Emmaste_vallavalitsus, lk 18
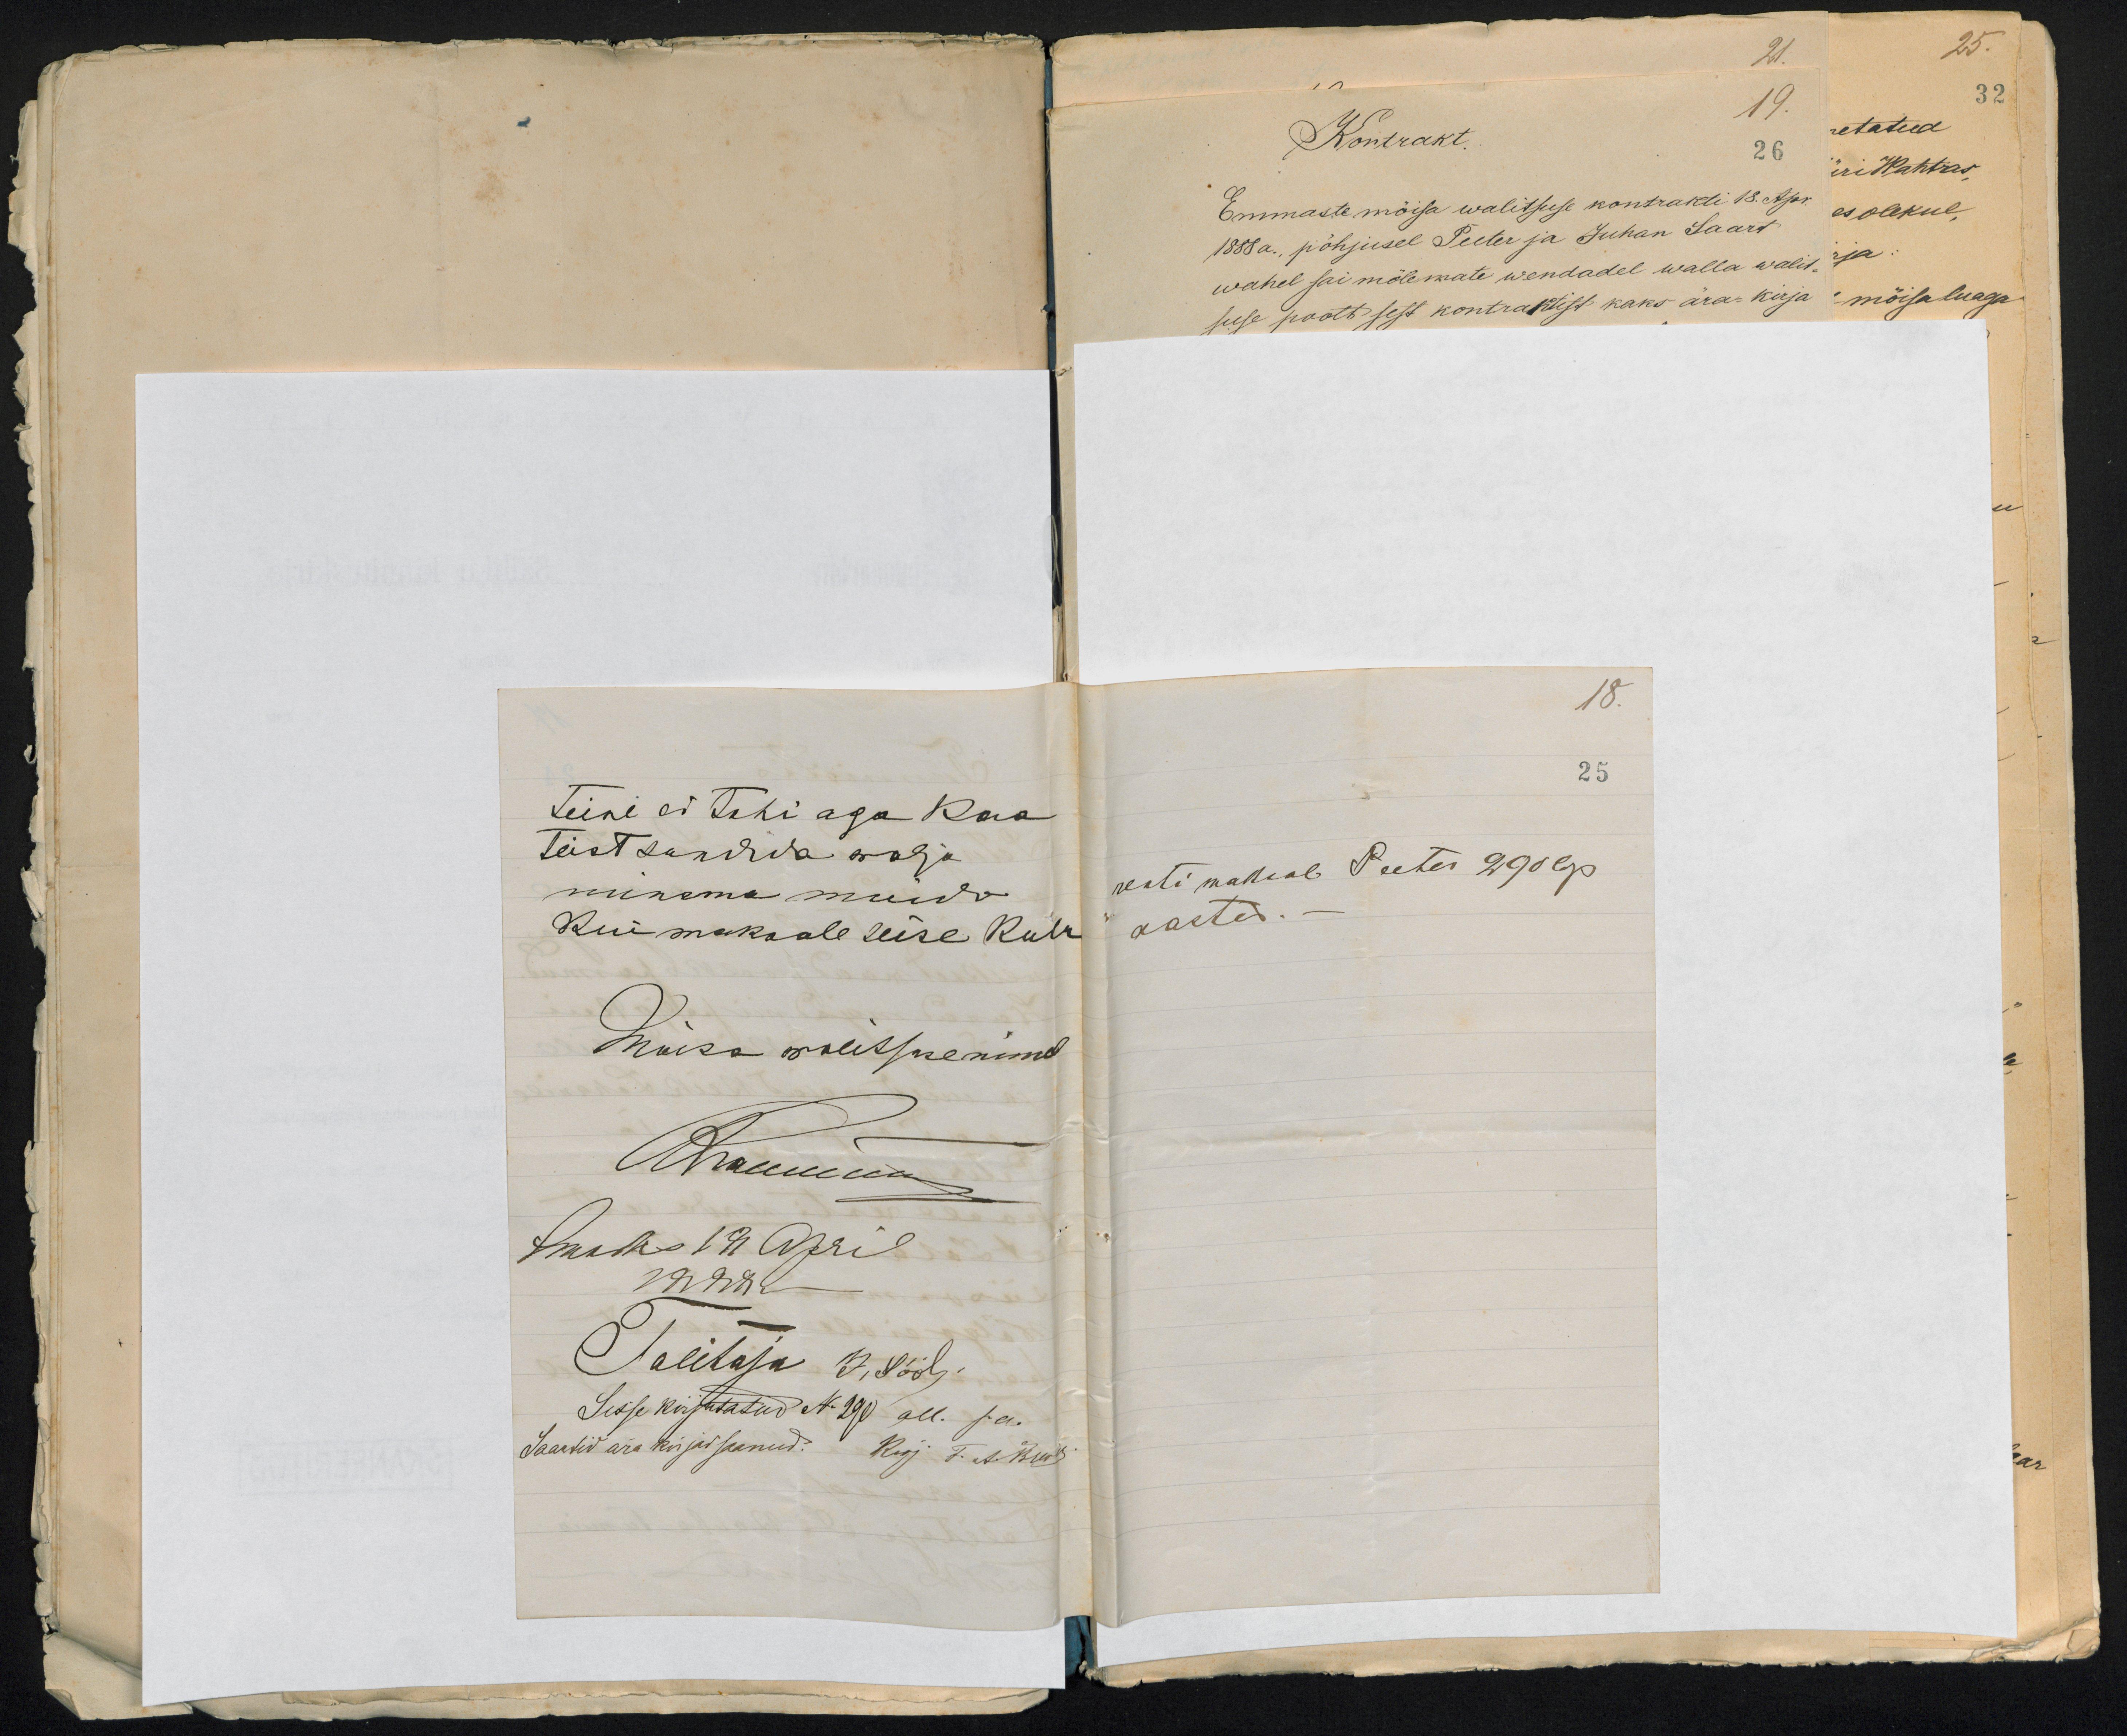
18.
25
renti maksab Peeter 290 cp.
aastas.

teine ei tohi aga kaa
Teist sundida wälja
minema muidu
kui maksab teise kulu
Mõisa walitsuse nimel
Muuma
Emaste 18 April
1888 a
Talitaja D, Söölj
Sisse kirjutatud No 290 all. s.a.
Saartid ära kirjad saanud. Kirj T. A. Kuck